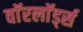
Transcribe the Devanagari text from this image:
वाॅरलाॅर्ड्स